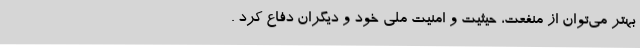
بهتر می‌توان از منفعت، حیثیت و امنیت ملی خود و دیگران دفاع کرد .